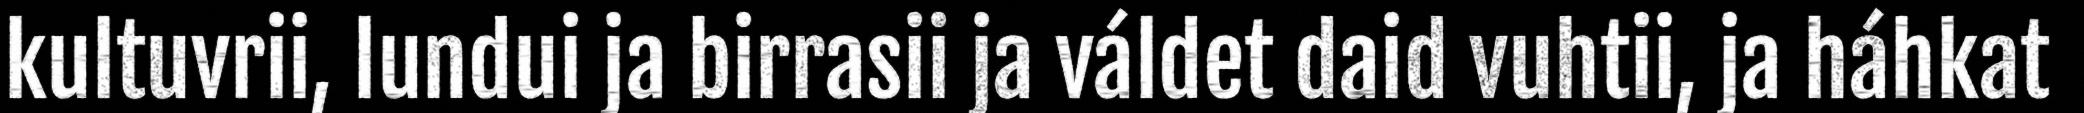
kultuvrii, lundui ja birrasii ja váldet daid vuhtii, ja háhkat